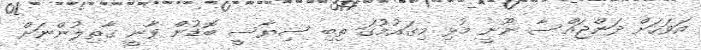
އަވަހަށް ދަންޖައްސާ ނޫނީ މުޅި މިގައުމުގަ ތިބި ސިޔާސީ ބޮޑުން ވާނީ ގާތިލުންނަށް